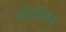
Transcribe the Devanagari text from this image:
गोतोवर